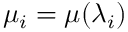
\mu _ { i } = \mu ( \lambda _ { i } )